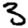
Digit: 3